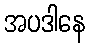
အပဒါနေ